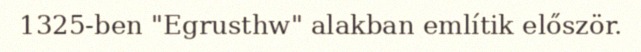
1325-ben "Egrusthw" alakban említik először.